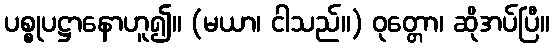
ပစ္စုပဋ္ဌာနောဟူ၍။ (မယာ၊ ငါသည်။) ဝုတ္တော၊ ဆိုအပ်ပြီ။